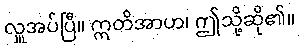
လှူအပ်ပြီ။ ဣတိအာဟ၊ ဤသို့ဆို၏။